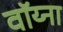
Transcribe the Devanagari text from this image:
वॉय्ना